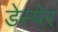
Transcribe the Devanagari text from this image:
डेस्पेर